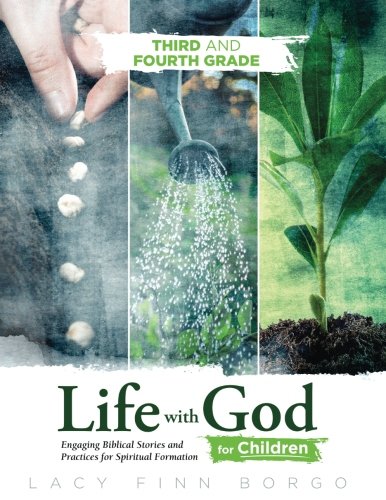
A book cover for Life with God for Children: Third and Fourth Grade (Volume 3); Lacy Finn Borgo; Christian Books & Bibles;